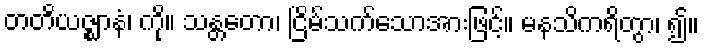
တတိယဇ္ဈာနံ၊ ကို။ သန္တတော၊ ငြိမ်သက်သောအားဖြင့်။ မနသိကရိတွာ၊ ၍။